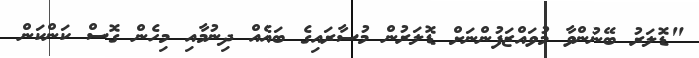
"ޑޮލަރު ބޭނުންވާ މުވައްޒަފުންނަށް ޑޮލަރުން މުސާރައިގެ ބައެއް ދިނުމާއި މިހެން ގޮސް ކަންކަން